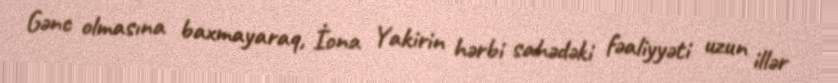
Gənc olmasına baxmayaraq, İona Yakirin hərbi sahədəki fəaliyyəti uzun illər